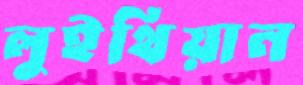
লুইথিয়ান